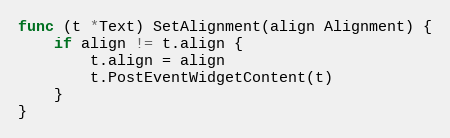
Language: Go
func (t *Text) SetAlignment(align Alignment) {
	if align != t.align {
		t.align = align
		t.PostEventWidgetContent(t)
	}
}